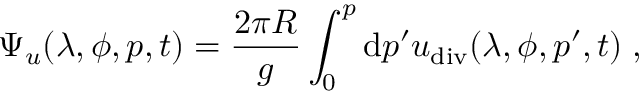
\Psi _ { u } ( \lambda , \phi , p , t ) = \frac { 2 \pi R } { g } \int _ { 0 } ^ { p } \mathrm { d } p ^ { \prime } u _ { \mathrm { d i v } } ( \lambda , \phi , p ^ { \prime } , t ) \; ,